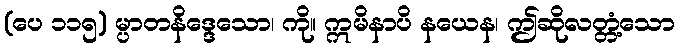
(ပေ ၁၁၅) မ္ပာတနိဒ္ဒေသော၊ ကို။ ဣမိနာပိ နယေန၊ ဤဆိုလတ္တံ့သော